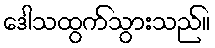
ဒေါသထွက်သွားသည်။